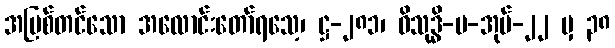
အပြစ်တင်သော အလောင်းတော်ရသေ့၊ ဋ္ဌ-၂၈၁၊ ဝိသုဒ္ဓိ-ပ-အုပ်-၂၂ မှ ၃၈